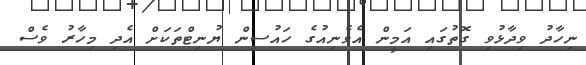
ނިހާދު ވިދާޅުވި ގޮތުގައި އަމީން އެވެނިއުގެ ހައުސިން ޔުނިޓްތަކަށް އެދި މިހާރު ވެސް